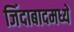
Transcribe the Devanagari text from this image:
जिंदाबादमध्ये